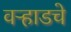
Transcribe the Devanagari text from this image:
वऱ्हाडचे